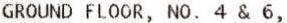
GROUND FLOOR, NO. 4 & 6,